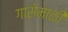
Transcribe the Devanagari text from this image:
गासेमाळी